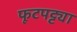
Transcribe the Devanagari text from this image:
फूटपट्ट्या